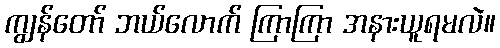
ကျွန်တော် ဘယ်လောက် ကြာကြာ အနားယူရမလဲ။